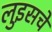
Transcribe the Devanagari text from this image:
लुइसचे